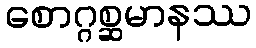
စောဂ္ဂစ္ဆမာနဿ